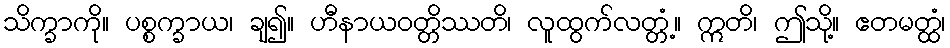
သိက္ခာကို။ ပစ္စက္ခာယ၊ ချ၍။ ဟီနာယဝတ္တိဿတိ၊ လူထွက်လတ္တံ့။ ဣတိ၊ ဤသို့။ ဧတမတ္ထံ၊